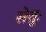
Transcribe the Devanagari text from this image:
सेतुः